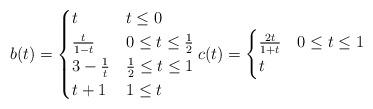
LaTeX: \begin{align*}b(t)=\begin{cases} t&t\leq 0\\ \frac{t}{1-t}&0\leq t\leq \frac{1}{2}\\ 3-\frac{1}{t}&\frac{1}{2}\leq t\leq 1\\ t+1&1\leq t\\\end{cases}c(t)=\begin{cases} \frac{2t}{1+t}&0\leq t\leq 1\\t&\\\end{cases}\end{align*}